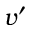
v ^ { \prime }